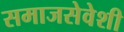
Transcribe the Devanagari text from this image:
समाजसेवेशी